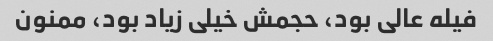
فیله عالی بود، حجمش خیلی زیاد بود، ممنون